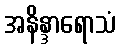
အနိန္ဒာရောသံ